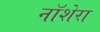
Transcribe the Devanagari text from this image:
नॉशेरा